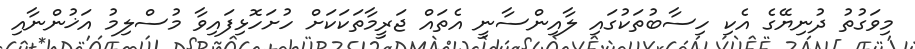
މިވަގުތު ދުނިޔޭގެ އެކި ހިސާބުތަކުގައި ލާއިންސާނީ އެތައް ޖަރީމާތަކަކަށް ހުށަހޮޅިފައިވާ މުސްލިމު އަޚުންނާއި